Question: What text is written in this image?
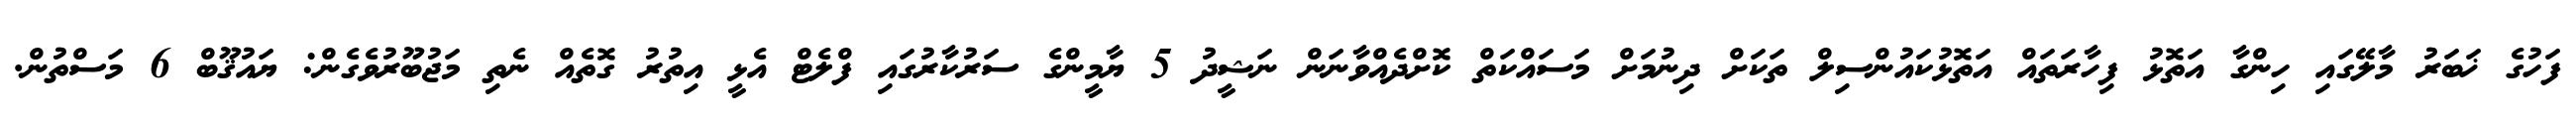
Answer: ފަހުގެ ޚަބަރު މާލޭގައި ހިންގާ އަތޮޅު ފިހާރަތައް އަތޮޅުކައުންސިލް ތަކަށް ދިނުމަށް މަސައްކަތް ކޮށްދެއްވާނަން ނަޝީދު 5 ޔާމީންގެ ސަރުކާރުގައި ފްލެޓް އެޅީ އިތުރު ގޮތެއް ނެތި މަޖުބޫރުވެގެން: ޔައުޤޫބް 6 މަސްތުން.